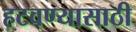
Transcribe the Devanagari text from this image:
हटवण्यासाठी